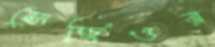
সের্জিওর